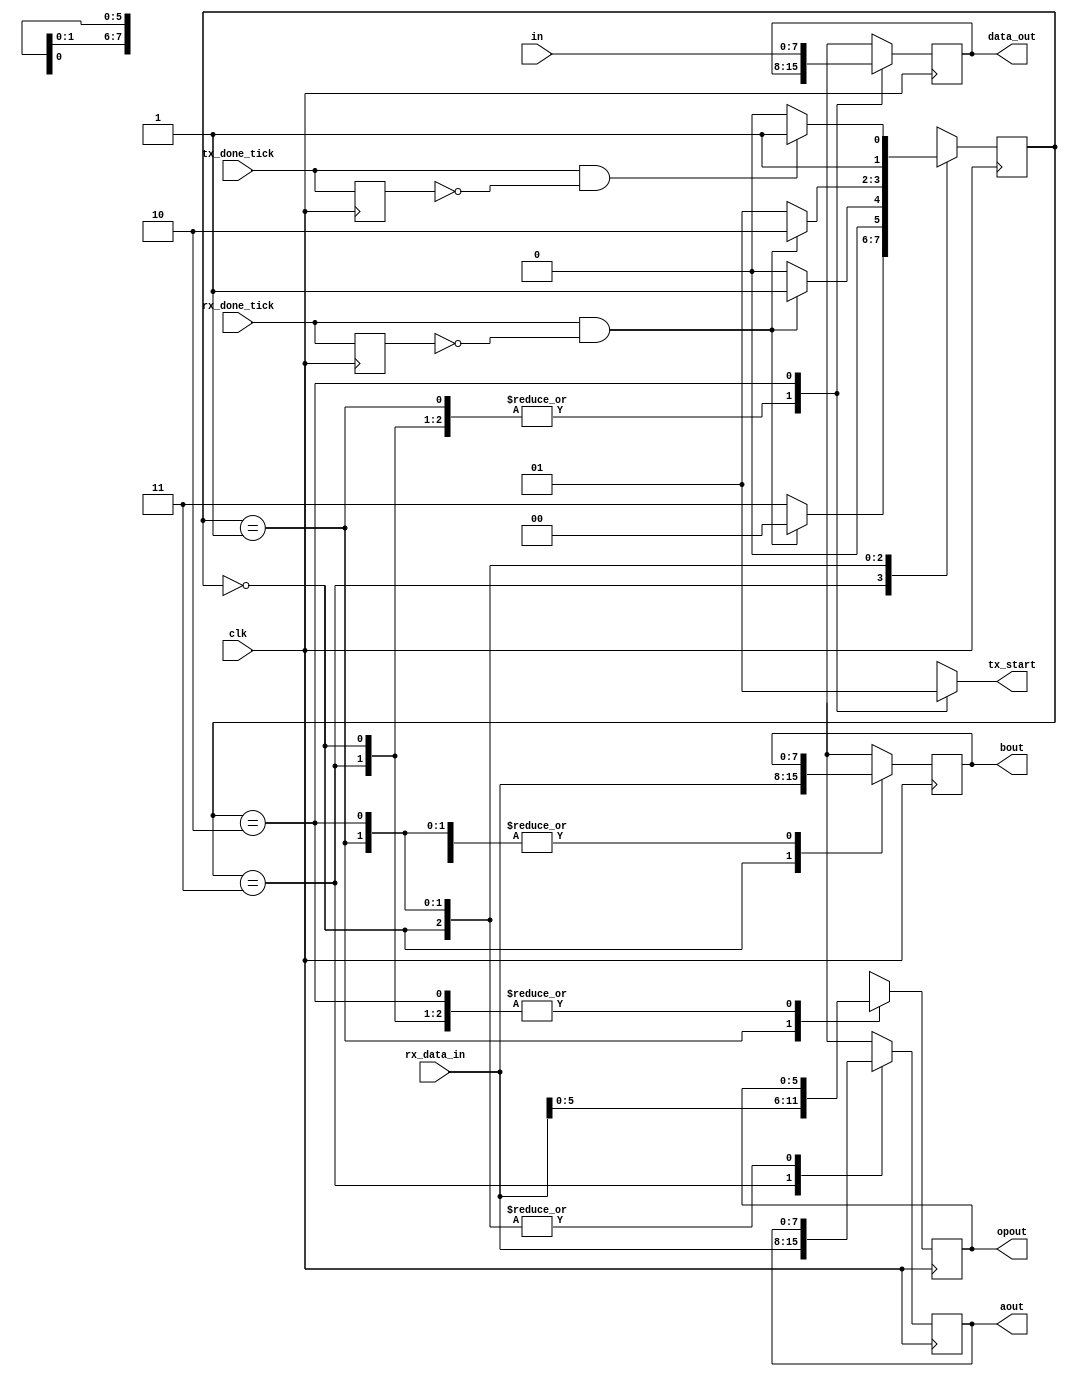
`timescale 1ns / 1ps
//////////////////////////////////////////////////////////////////////////////////
// Company: 
// Engineer: 
// 
// Design Name: 
// Module Name: INTERFACE
// Project Name: 
// Target Devices: 
// Tool Versions: 
// Description: 
// 
// Dependencies: 
// 
// Revision:
// Revision 0.01 - File Created
// Additional Comments:
// 
//////////////////////////////////////////////////////////////////////////////////

module INTERFACE_echo
#(
	parameter NBIT_DATA_LEN = 8 // # buffer bits 
) 
( 
	input [NBIT_DATA_LEN-1:0] in,
	input clk,								// necesario para cambiar de estados
 	input rx_done_tick,  			  	// fin de recepcion
	input tx_done_tick,					// recibe la confirmacion desde UART que se termino de transimitir
 	input [NBIT_DATA_LEN-1:0] rx_data_in,  	// Dato del RX recibido
 	//input [NBIT_DATA_LEN-1:0] alu_data_in, 	// Resultado de la ALU para pasarlo al TX 
 	output reg [NBIT_DATA_LEN-1 : 0] aout,
	output reg [NBIT_DATA_LEN-1 : 0] bout,
	output reg [5: 0] opout,
	output reg tx_start = 0,				// LA INTERFAZ le tiene que avisar a TX cuando empezar
	// registros para escribir en la ALU
	//output reg [NBIT_DATA_LEN-1 : 0] A,		
	//output reg [NBIT_DATA_LEN-1 : 0] B,
	//output reg [1 : 0] Op,
	// para escribir en TX
 	output reg [NBIT_DATA_LEN-1:0] data_out   //= 0 ???? Ver si inicializar 
); 

	// estados 
	localparam	[1:0] receive_A 	= 2'b 00;
	localparam	[1:0] receive_B	= 2'b 01;
	localparam	[1:0] receive_Op	= 2'b 10;
	localparam	[1:0] receive		= 2'b 11;
	
	reg [1:0] state = receive;
	reg [1:0] state_next = receive;
	reg reg_tx_done_tick;
	reg reg_rx_done_tick;
	
	//reg [NBIT_DATA_LEN-1:0] reg_in_next;
	reg [NBIT_DATA_LEN-1:0] reg_aout_next;
	reg [NBIT_DATA_LEN-1:0] reg_bout_next;
	reg [5:0] reg_opout_next;
	reg [NBIT_DATA_LEN-1:0] reg_data_out_next;
	
	//reg mandar=0;
	
	always @(posedge clk)
	begin
		reg_rx_done_tick <= rx_done_tick;
		reg_tx_done_tick <= tx_done_tick;
		state <= state_next;
		
		aout <= reg_aout_next;
		bout <= reg_bout_next;
		opout <= reg_opout_next;
		data_out <= reg_data_out_next;
	end
	
	always @(*)
	begin
		
		case(state)
		
			receive:
				begin
					if((rx_done_tick == 1) && (reg_rx_done_tick == 0))
					begin
						state_next = receive_A;
					end
					else
					begin
						state_next = receive;
					end
				end
		
			receive_A:
				begin
					if((rx_done_tick == 1) && (reg_rx_done_tick == 0))
					begin
						state_next = receive_B;
					end
					else
					begin
						state_next = receive_A;
					end
				end
		
			receive_B:
				begin
					if((rx_done_tick == 1) && (reg_rx_done_tick == 0))
					begin
						state_next = receive_Op;
					end
					else
					begin
						state_next = receive_B;
					end
				end
				
			receive_Op:
				begin
					if((tx_done_tick == 1) && (reg_tx_done_tick == 0))
					begin
						state_next = receive;
					end
					else
					begin
						state_next = receive_Op;
					end
				end
				
		endcase
	end
	
	always @(*)
	begin
	
		case(state)
			
			receive:
			begin
				tx_start = 1'b0;
				reg_data_out_next = data_out;
				reg_aout_next = rx_data_in;
				reg_bout_next = bout;
				reg_opout_next = opout;
			end
			
			receive_A:
			begin
				tx_start = 1'b0;
				reg_data_out_next = data_out;
				reg_aout_next = aout;
				reg_bout_next = rx_data_in;
				reg_opout_next = opout;
			end
			
			receive_B:
			begin
				tx_start = 1'b0;
				reg_data_out_next = data_out;
				reg_aout_next = aout;
				reg_bout_next = bout;
				reg_opout_next = rx_data_in;
			end
			
			receive_Op:
			begin
				tx_start = 1'b1;
				reg_data_out_next = in;
				reg_aout_next = aout;
				reg_bout_next = bout;
				reg_opout_next = opout;
			end
	
		endcase
		
	end
	
	// registros para escribir en la ALU
	//assign data_out = alu_data_in;	// lo que recibe de la ALU lo tira a TX
	
	
	/* Al poner aout = rx_data_in y bout = 10 
		antes de if mandar anda bien, se suma lo
		del operando que es lo ultimo que aparece
		en rx data in con un 2 binario.
		cuando pongo el aout = rx_data_in en el
		estado receive A deja de andar bien.
		Si pongo en el caso receive A un aout igual
		a cualquier numero se asigna bien y anda bien.
		el problema esta en cuando se hace en un estado
		A = rx_data_in porque parece que A no guarda el
		valor que tiene primero (primer operando) y lo
		deja asi quieto, sino que despues ese valor cambia.
		Habria que ver como hacer para que, la asignacion
		A = rx_data_in se haga una sola vez y ese primer valor que
		guarda en A quede para siempre en A y que A 
		no cambie su valor despues.
	always @(posedge clk) 
	begin
		//aout = rx_data_in;
		bout = 8'b00000010;
		if(mandar) //si termine de mandar o si aun no tengo todos los operandos
		begin
			tx_start=1'b1;
			mandar=0;
		end
		if(tx_done_tick) //si termine de mandar o si aun no tengo todos los operandos
		begin
			tx_start=1'b0;
		end
		if (rx_done_tick) 
			begin
				case (state)
					receive_A:
						begin
							tx_start = 1'b0;
							//aout = 8'b00111100;
							aout = rx_data_in;
							state = receive_B;
						end
					receive_B:
						begin
							tx_start = 1'b0;
							//B= rx_data_in;
							state = receive_Op;
						end
					receive_Op:
						begin
							tx_start = 1'b0;
						//	Op= rx_data_in;
							state=send_result;
						end
					send_result:
						begin
							tx_start = 1'b0;
							state=receive_A;
							mandar=1;
						end
					default:
						begin
							tx_start = 1'b0;
						end
				endcase	
			end
    end*/
endmodule